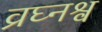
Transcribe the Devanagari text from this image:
व्रघ्नश्व